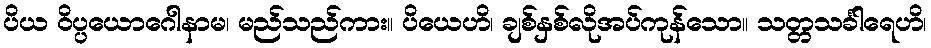
ပိယ ဝိပ္ပယောဂေါနာမ၊ မည်သည်ကား။ ပိယေဟိ၊ ချစ်နှစ်လိုအပ်ကုန်သော။ သတ္တသင်္ခါရေဟိ၊